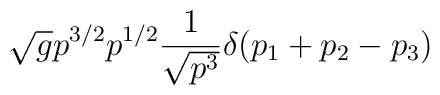
\sqrt{g} p^{3/2} p^{1/2} {1 \over \sqrt{ p^3} } \delta(p_1 + p_2 - p_3)